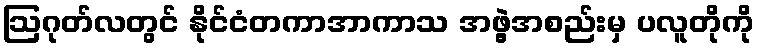
ဩဂုတ်လတွင် နိုင်ငံတကာအာကာသ အဖွဲ့အစည်းမှ ပလူတိုကို